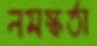
নমস্কর্তা